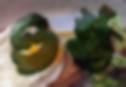
ওষ্ঠ